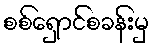
စစ်ရှောင်စခန်းမှ